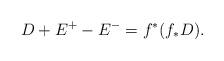
LaTeX: \begin{align*}D + E^+ - E^- = f^*(f_*D).\end{align*}